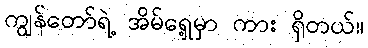
ကျွန်တော်ရဲ့ အိမ်ရှေ့မှာ ကား ရှိတယ်။